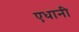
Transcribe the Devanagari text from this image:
एधानी